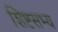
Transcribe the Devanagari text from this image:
शिष्टसभ्य